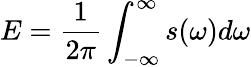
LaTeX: E=\frac{1}{2\pi}\int_{-\infty}^{\infty}s(\omega)d\omega